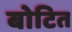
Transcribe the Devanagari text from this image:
बोटित